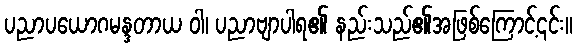
ပညာပယောဂမန္ဒတာယ ဝါ၊ ပညာဗျာပါရ၏ နည်းသည်၏အဖြစ်ကြောင့်၎င်း။